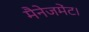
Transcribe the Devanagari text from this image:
मैनेजमेंट।